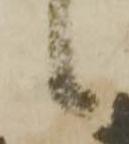
候